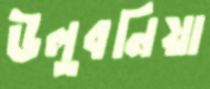
উলুবনিয়া